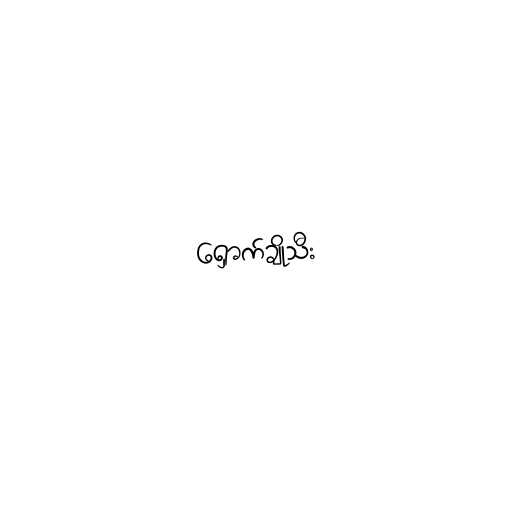
ရှောက်ချိုသီး